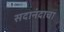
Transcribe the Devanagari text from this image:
सदानंदाचा